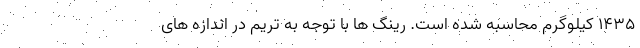
1435 کیلوگرم محاسبه شده است. رینگ ها با توجه به تریم در اندازه های